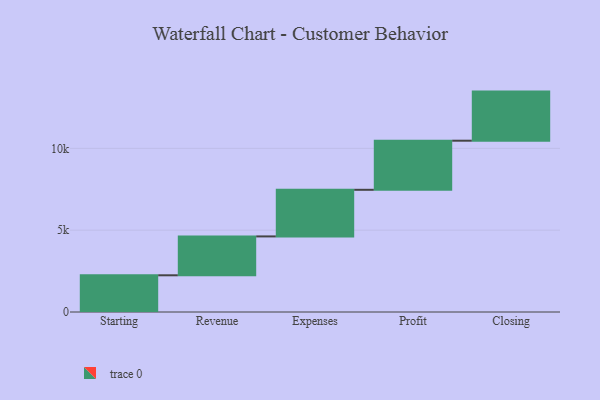
{"axis": {"x": "Step", "y": "Value"}, "legend": [""], "data": [{"x": "Starting", "y": 2243.0, "type": ""}, {"x": "Revenue", "y": 2376.0, "type": ""}, {"x": "Expenses", "y": 2848.0, "type": ""}, {"x": "Profit", "y": 3000, "type": ""}, {"x": "Closing", "y": 3000, "type": ""}]}